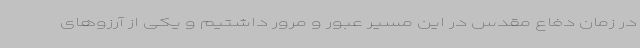
در زمان دفاع مقدس در این مسیر عبور و مرور داشتیم و یکی از آرزوهای